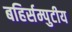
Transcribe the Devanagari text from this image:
बहिर्सम्पुटीय